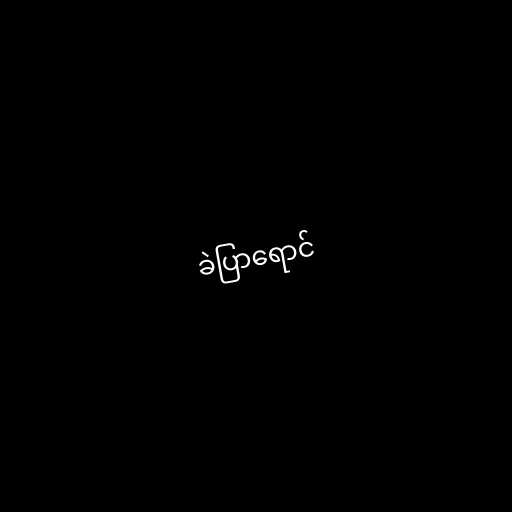
ခဲပြာရောင်